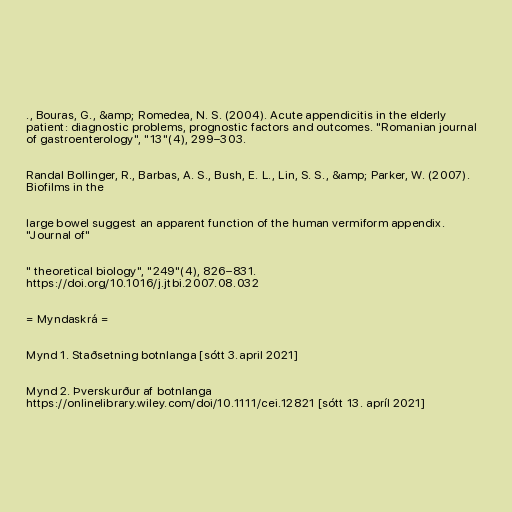
., Bouras, G., &amp; Romedea, N. S. (2004). Acute appendicitis in the elderly
patient: diagnostic problems, prognostic factors and outcomes. "Romanian journal
of gastroenterology", "13"(4), 299–303.

Randal Bollinger, R., Barbas, A. S., Bush, E. L., Lin, S. S., &amp; Parker, W. (2007).
Biofilms in the

large bowel suggest an apparent function of the human vermiform appendix.
"Journal of"

" theoretical biology", "249"(4), 826–831.
https://doi.org/10.1016/j.jtbi.2007.08.032

= Myndaskrá =

Mynd 1. Staðsetning botnlanga [sótt 3.april 2021]

Mynd 2. Þverskurður af botnlanga
https://onlinelibrary.wiley.com/doi/10.1111/cei.12821 [sótt 13. apríl 2021]